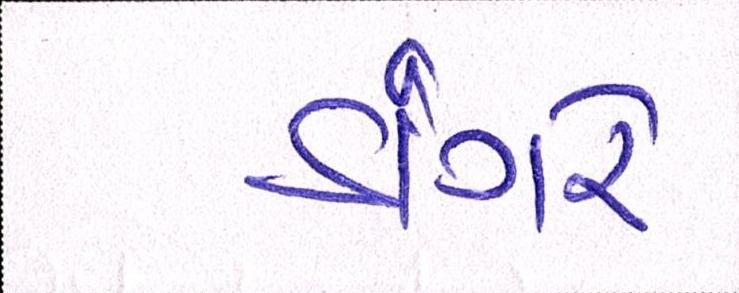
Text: ડાંગરે